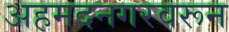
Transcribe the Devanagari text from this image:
अहमदनगरवरून